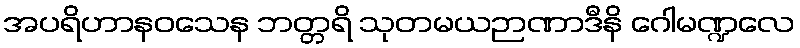
အပရိဟာနဝသေန ဘတ္တရိ သုတမယဉာဏာဒီနိ ဂေါမဏ္ဍလေ